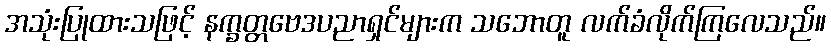
အသုံးပြုထားသဖြင့် နက္ခတ္တဗေဒပညာရှင်များက သဘောတူ လက်ခံလိုက်ကြလေသည်။